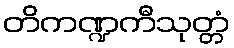
တိကဏ္ဍကီသုတ္တံ